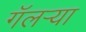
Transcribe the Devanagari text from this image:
गॅलर्‍या